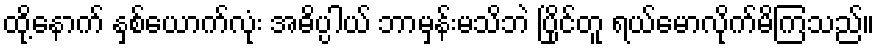
ထို့နောက် နှစ်ယောက်လုံး အဓိပ္ပါယ် ဘာမှန်းမသိဘဲ ပြိုင်တူ ရယ်မောလိုက်မိကြသည်။